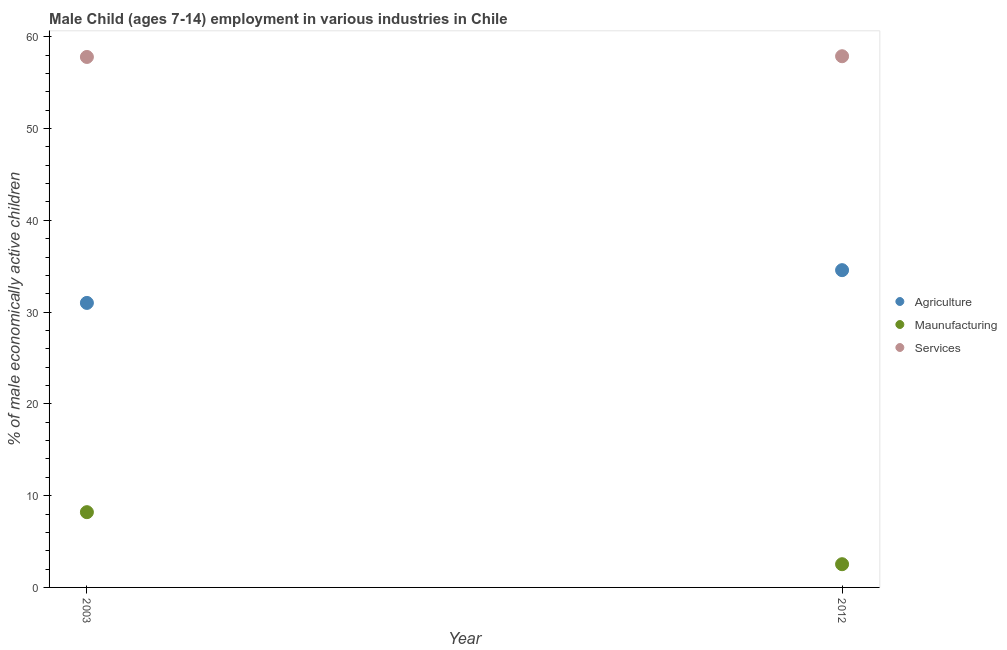
| Year | Agriculture | Maunufacturing | Services |
 | --- | --- | --- | --- |
 | 2003 | 31 | 8.2 | 57.8 |
 | 2012 | 34.6 | 2.53 | 57.9 |